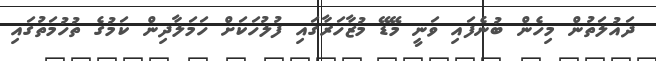
ދައުލަތުން މިހެން ބުނެފައި ވަނީ މޭޑޭ މުޒާހަރާގައި ފުލުހަކަށް ހަމަލާދިން ކަމުގެ ތުހުމަތުގައި